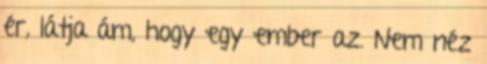
ér, látja ám, hogy egy ember az. Nem néz